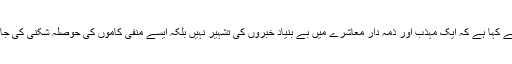
انہوں نے کہا ہے کہ ایک مہذب اور ذمہ دار معاشرے میں بے بنیاد خبروں کی تشہیر نہیں بلکہ ایسے منفی کاموں کی حوصلہ شکنی کی جاتی ہے۔